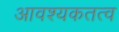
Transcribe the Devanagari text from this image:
आवश्यकतत्व